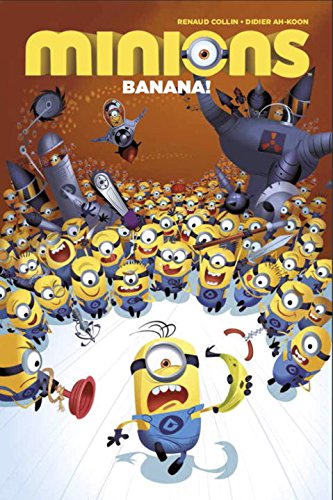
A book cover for Minions Volume 1: Banana!; Titan Comics; Children's Books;